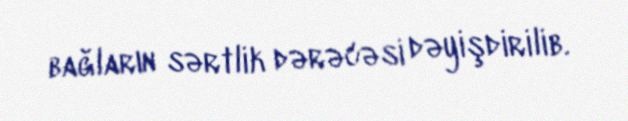
bağların sərtlik dərəcəsi dəyişdirilib.